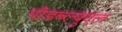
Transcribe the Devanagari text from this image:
पीडब्ल्युएल